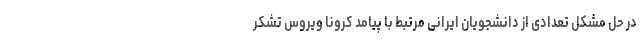
در حل مشکل تعدادی از دانشجویان ایرانی مرتبط با پیامد کرونا ویروس تشکر